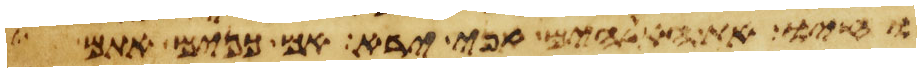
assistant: וחיו את האלהים אני ירא אם כנים אתם